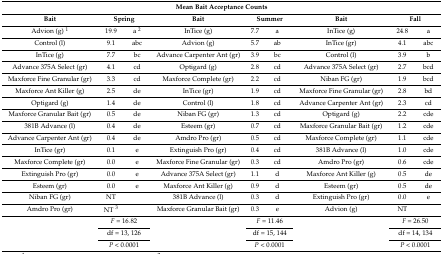
<table><thead><tr><td colspan="9"><b>Mean Bait Acceptance Counts</b></td></tr><tr><td><b>Bait</b></td><td colspan="2"><b>Spring</b></td><td><b>Bait</b></td><td colspan="2"><b>Summer</b></td><td><b>Bait</b></td><td colspan="2"><b>Fall</b></td></tr></thead><tbody><tr><td>Advion (g) <sup>1</sup></td><td>19.9</td><td>a <sup>2</sup></td><td>InTice (g)</td><td>7.7</td><td>a</td><td>InTice (g)</td><td>24.8</td><td>a</td></tr><tr><td>Control (l)</td><td>9.1</td><td>abc</td><td>Advion (g)</td><td>5.7</td><td>ab</td><td>InTice (gr)</td><td>4.1</td><td>abc</td></tr><tr><td>InTice (g)</td><td>7.7</td><td>bc</td><td>Advance Carpenter Ant (gr)</td><td>3.9</td><td>bc</td><td>Control (l)</td><td>3.9</td><td>b</td></tr><tr><td>Advance 375A Select (gr)</td><td>4.1</td><td>cd</td><td>Optigard (g)</td><td>2.8</td><td>cd</td><td>Advance 375A Select (gr)</td><td>2.7</td><td>bcd</td></tr><tr><td>Maxforce Fine Granular (gr)</td><td>3.3</td><td>cd</td><td>Maxforce Complete (gr)</td><td>2.2</td><td>cd</td><td>Niban FG (gr)</td><td>1.9</td><td>bcd</td></tr><tr><td>Maxforce Ant Killer (g)</td><td>2.5</td><td>de</td><td>InTice (gr)</td><td>1.9</td><td>cd</td><td>Maxforce Fine Granular (gr)</td><td>2.8</td><td>bd</td></tr><tr><td>Optigard (g)</td><td>1.4</td><td>de</td><td>Control (l)</td><td>1.8</td><td>cd</td><td>Advance Carpenter Ant (gr)</td><td>2.3</td><td>cd</td></tr><tr><td>Maxforce Granular Bait (gr)</td><td>0.5</td><td>de</td><td>Niban FG (gr)</td><td>1.3</td><td>cd</td><td>Optigard (g)</td><td>2.2</td><td>cde</td></tr><tr><td>381B Advance (l)</td><td>0.4</td><td>de</td><td>Esteem (gr)</td><td>0.7</td><td>cd</td><td>Maxforce Granular Bait (gr)</td><td>1.2</td><td>cde</td></tr><tr><td>Advance Carpenter Ant (gr)</td><td>0.4</td><td>de</td><td>Amdro Pro (gr)</td><td>0.5</td><td>cd</td><td>Maxforce Complete (gr)</td><td>1.1</td><td>cde</td></tr><tr><td>InTice (gr)</td><td>0.1</td><td>e</td><td>Extinguish Pro (gr)</td><td>0.4</td><td>cd</td><td>381B Advance (l)</td><td>1.0</td><td>cde</td></tr><tr><td>Maxforce Complete (gr)</td><td>0.0</td><td>e</td><td>Maxforce Fine Granular (gr)</td><td>0.3</td><td>cd</td><td>Amdro Pro (gr)</td><td>0.6</td><td>cde</td></tr><tr><td>Extinguish Pro (gr)</td><td>0.0</td><td>e</td><td>Advance 375A Select (gr)</td><td>1.1</td><td>d</td><td>Maxforce Ant Killer (g)</td><td>0.5</td><td>de</td></tr><tr><td>Esteem (gr)</td><td>0.0</td><td>e</td><td>Maxforce Ant Killer (g)</td><td>0.9</td><td>d</td><td>Esteem (gr)</td><td>0.5</td><td>de</td></tr><tr><td>Niban FG (gr)</td><td>NT</td><td></td><td>381B Advance (l)</td><td>0.3</td><td>d</td><td>Extinguish Pro (gr)</td><td>0.0</td><td>e</td></tr><tr><td>Amdro Pro (gr)</td><td>NT <sup>3</sup></td><td></td><td>Maxforce Granular Bait (gr)</td><td>0.3</td><td>e</td><td>Advion (g)</td><td>NT</td><td></td></tr><tr><td rowspan="3"></td><td colspan="2"><i>F</i> = 16.82</td><td rowspan="3"></td><td colspan="2"><i>F</i> = 11.46</td><td rowspan="3"></td><td colspan="2"><i>F</i> = 26.50</td></tr><tr><td colspan="2">df = 13, 126</td><td colspan="2">df = 15, 144</td><td colspan="2">df = 14, 134</td></tr><tr><td colspan="2"><i>P</i> &lt; 0.0001</td><td colspan="2"><i>P</i> &lt; 0.0001</td><td colspan="2"><i>P</i> &lt; 0.0001</td></tr></tbody></table>